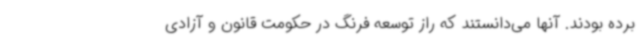
برده بودند. آنها می‌دانستند که راز توسعه فرنگ در حکومت قانون و آزادی